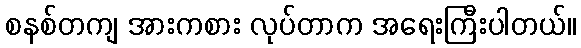
စနစ်တကျ အားကစား လုပ်တာက အရေးကြီးပါတယ်။